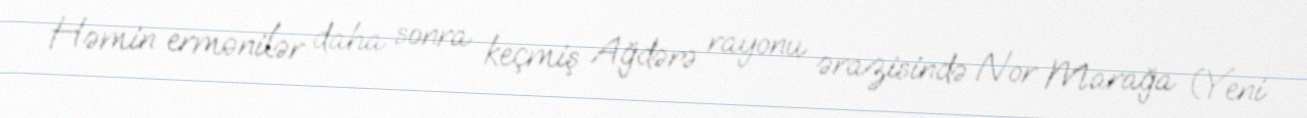
Həmin ermənilər daha sonra keçmiş Ağdərə rayonu ərazisində Nor Marağa (Yeni